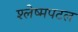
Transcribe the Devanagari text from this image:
श्लेष्मपटल